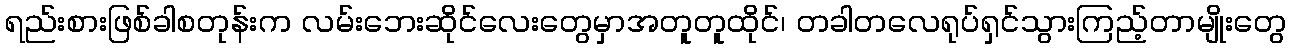
ရည်းစားဖြစ်ခါစတုန်းက လမ်းဘေးဆိုင်လေးတွေမှာအတူတူထိုင်၊ တခါတလေရုပ်ရှင်သွားကြည့်တာမျိုးတွေ